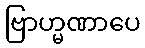
ဗြာဟ္မဏာပေ